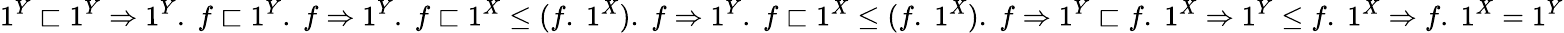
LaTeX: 1^{Y}\sqsubset 1^{Y}\Rightarrow 1^{Y}.\; f\sqsubset 1^{Y}.\; f\Rightarrow 1^{Y}.\; f\sqsubset 1^{X}\leq(f.\; 1^{X}).\; f\Rightarrow 1^{Y}.\; f\sqsubset 1^{X}\leq(f.\; 1^{X}).\; f\Rightarrow 1^{Y}\sqsubset f.\; 1^{X}\Rightarrow 1^{Y}\leq f.\; 1^{X}\Rightarrow f.\; 1^{X}=1^{Y}